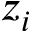
z _ { i }